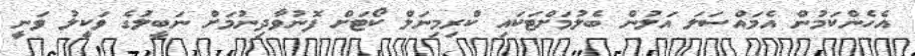
އެހެންކަމުން އެމައްސަލަ އަލުން ބެލުމަށްޓަކައި ކްރިމިނަލް ކޯޓަށް ފޮނުވާދިނުމަށް ނަބީލުގެ ވަކީލު ވަނީ